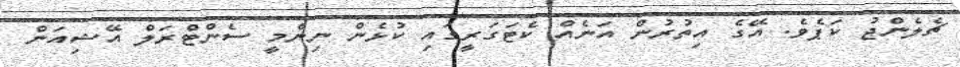
ޗެލެންޖު ކަޕެވެ. އޭގެ އިތުރުން އަނެއް ކެޓަގަރީގައި ކުޅެން ނިންމީ ސެންޓްރަލް އޭޝިއަން